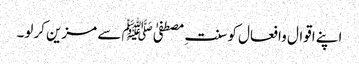
اپنے اقوال وافعال کو سنتِ مصطفیٰﷺ سے مزین کرلو۔